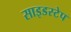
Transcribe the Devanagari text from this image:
साइडस्टेप